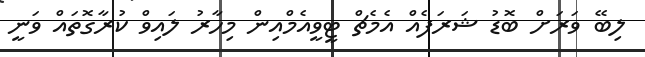
ލިބޭ ވަރަށް ބޮޑު ޝަރަފެއް އެމެޗް ޓީވީއެމްއިން މިހާރު ލައިވް ކުރާގޮތައް ވަނީ